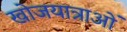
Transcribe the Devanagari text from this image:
खोजयात्राओं